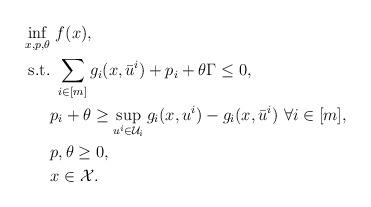
LaTeX: \begin{align*}\inf_{x,p,\theta} & \ f(x),\\\mathrm{s.t.} &\ \sum_{i \in [m]} g_i(x,\bar{u}^i)+p_i + \theta \Gamma \le 0, \\&p_i +\theta \ge \sup_{u^i \in \mathcal{U}_i} g_i(x,u^i)-g_i(x,\bar{u}^i) \ \forall i \in [m],\\&p,\theta \ge 0, \\&x \in \mathcal{X}.\end{align*}